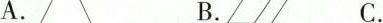
A. B. C.